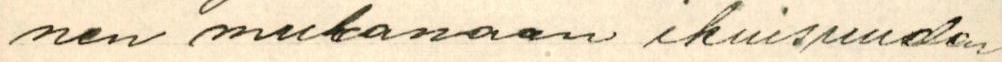
nen mukanaan ikuisuuden